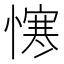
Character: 𢢈